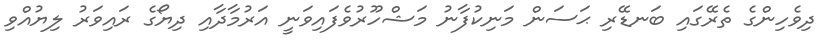
ދިވެހިންގެ ތެރޭގައި ބަނޑޭރި ޙަސަން މަނިކުފާނު މަޝްހޫރުވެފައިވަނީ އަރުމާދާއި ދިޔޯގެ ރައިވަރު ލިޔުއްވި